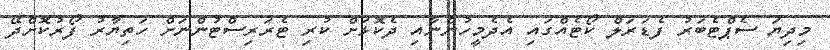
މިދިޔަ ސެޕްޓެބަރު ފެޑަރަލް ކޯޓެއްގައި އެދެމީހުންނާއި ދެކޮޅަށް ކުރި ޓެރަރިސްޓުންނަށް ހަތިޔާރު ފޯރުކޮށްދޭ